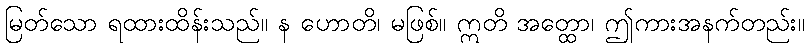
မြတ်သော ရထားထိန်းသည်။ န ဟောတိ၊ မဖြစ်။ ဣတိ အတ္ထော၊ ဤကားအနက်တည်း။